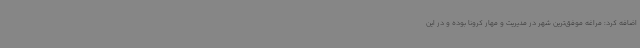
اضافه کرد: مراغه موفق‌ترین شهر در مدیریت و مهار کرونا بوده و در این